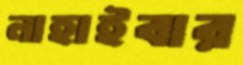
নাহাইবার